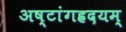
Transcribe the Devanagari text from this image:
अष्टांगह्रदयम्